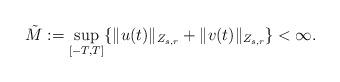
LaTeX: \begin{align*}\tilde M :=\sup_{[-T,T]}\{\|u(t)\|_{Z_{s,r}}+\|v(t)\|_{Z_{s,r}}\}<\infty.\end{align*}